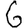
Digit: 6